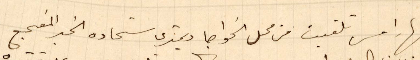
نهار امس تلقيت من محل الخواجا ديمتري شحادة الخبر المفجع